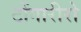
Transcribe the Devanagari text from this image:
टोंगारीरो